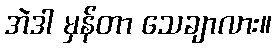
အဲဒါ မှန်တာ သေချာလား။